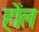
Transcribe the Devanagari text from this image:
होंल